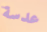
عدسة